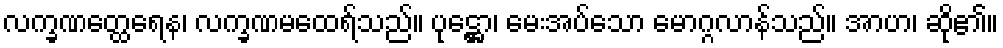
လက္ခဏတ္ထေရေန၊ လက္ခဏမထေရ်သည်။ ပုဋ္ဌော၊ မေးအပ်သော မောဂ္ဂလာန်သည်။ အာဟ၊ ဆို၏။